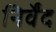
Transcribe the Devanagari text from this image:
निर्वेंद